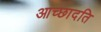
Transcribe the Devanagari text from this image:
आच्‍छादति